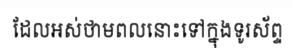
ដែលអស់ថាមពលនោះទៅក្នុងទូរស័ព្ទ